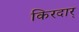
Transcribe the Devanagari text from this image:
किरदार्